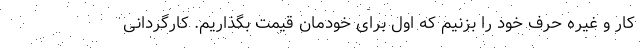
کار و غیره حرف خود را بزنیم که اول برای خودمان قیمت بگذاریم. کارگردانی